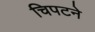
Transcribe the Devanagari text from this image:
चिपटने